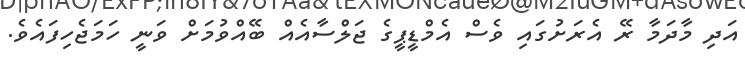
އަދި މާދަމާ ރޭ އެރަށުގައި ވެސް އެމްޑީޕީގެ ޖަލްސާއެއް ބޭއްވުމަށް ވަނީ ހަމަޖެހިފައެވެ.